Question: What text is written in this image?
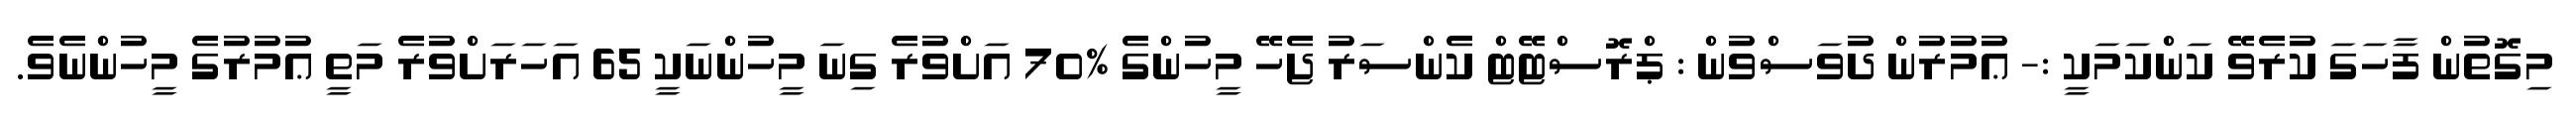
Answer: މިގޮތުން ފާހަގަ ކުރެވޭ ކަންކަމަކީ :- ޢުމުރުން ދުވަސްވުން : ޕްރޮސްޓޭޓް ކެންސަރު ޖެހޭ މީހުންގެ %70 އަށްވުރެ ގިނަ މީހުންނަކީ 65 އަހަރަށްވުރެ މަތީ ޢުމުރުގެ މީހުންނެވެ.